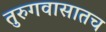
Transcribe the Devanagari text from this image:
तुरुगवासातच